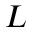
L